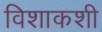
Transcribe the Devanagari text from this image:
विशाकशी